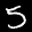
Label: 5